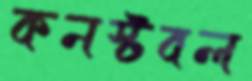
কনস্টবল